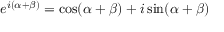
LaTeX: e ^ { i ( \alpha + \beta ) } = \cos ( \alpha + \beta ) + i \sin ( \alpha + \beta )